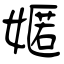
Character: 嫟